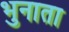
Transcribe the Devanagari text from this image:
भुनाता